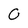
Character: O